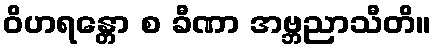
ဝိဟရန္တော စ ခီဏာ အဗ္ဘညာသီတိ။